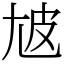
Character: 㝿